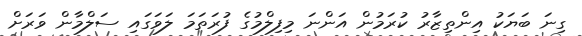
ގިނަ ބަޔަކު އިންތިޒާރު ކުރަމުން އަންނަ މިފިލްމުގެ ފުރަތަމަ ލަވަގައި ސަލްމާން ވަރަށް